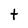
Character: t